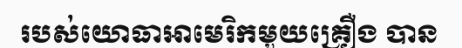
របស់យោធាអាមេរិកមួយគ្រឿង បាន